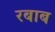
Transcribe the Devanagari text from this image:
रबाब